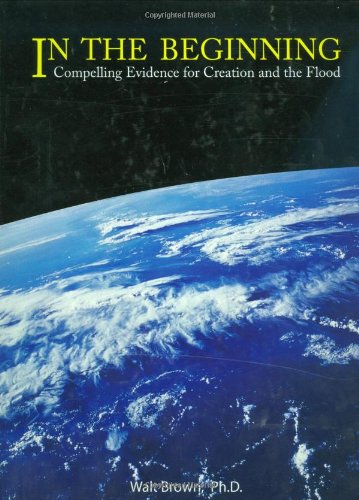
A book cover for In the Beginning: Compelling Evidence for Creation and the Flood (8th Edition); Walt Brown; Christian Books & Bibles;